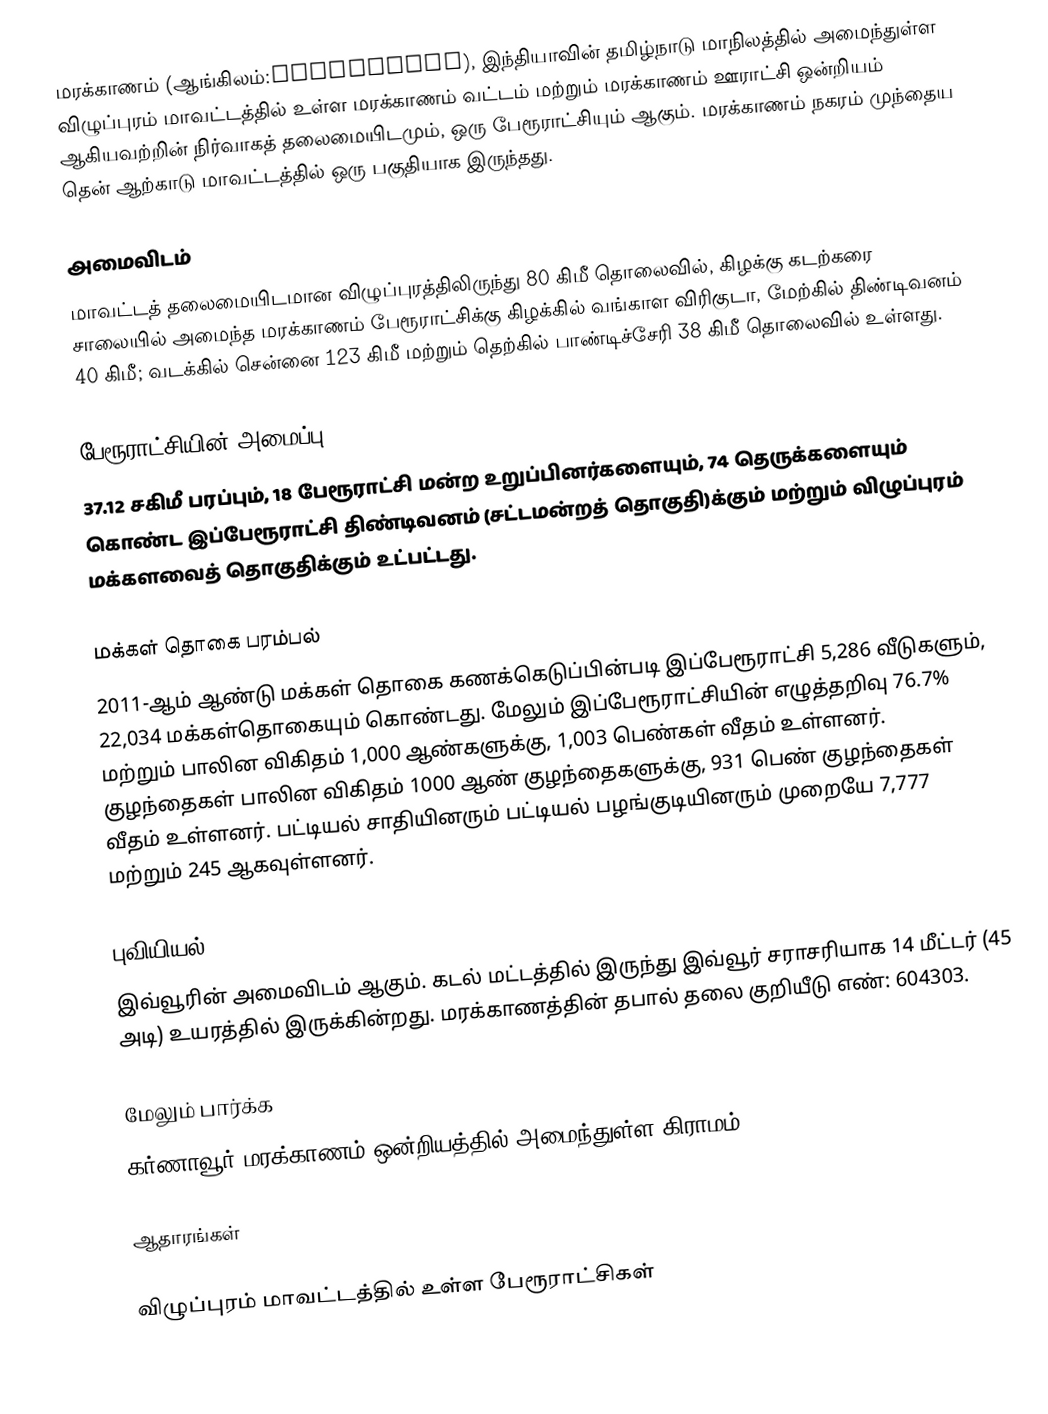
மரக்காணம் (ஆங்கிலம்:Marakkanam), இந்தியாவின் தமிழ்நாடு மாநிலத்தில் அமைந்துள்ள விழுப்புரம் மாவட்டத்தில் உள்ள மரக்காணம் வட்டம் மற்றும் மரக்காணம் ஊராட்சி ஒன்றியம் ஆகியவற்றின் நிர்வாகத் தலைமையிடமும், ஒரு பேரூராட்சியும் ஆகும். மரக்காணம் நகரம் முந்தைய தென் ஆற்காடு மாவட்டத்தில் ஒரு பகுதியாக இருந்தது.

அமைவிடம்
மாவட்டத் தலைமையிடமான விழுப்புரத்திலிருந்து 80 கிமீ தொலைவில், கிழக்கு கடற்கரை சாலையில் அமைந்த மரக்காணம் பேரூராட்சிக்கு கிழக்கில் வங்காள விரிகுடா,  மேற்கில் திண்டிவனம் 40 கிமீ; வடக்கில் சென்னை 123 கிமீ மற்றும் தெற்கில் பாண்டிச்சேரி 38 கிமீ தொலைவில் உள்ளது.

பேரூராட்சியின் அமைப்பு
37.12 சகிமீ பரப்பும், 18 பேரூராட்சி மன்ற உறுப்பினர்களையும், 74 தெருக்களையும் கொண்ட  இப்பேரூராட்சி திண்டிவனம் (சட்டமன்றத் தொகுதி)க்கும் மற்றும் விழுப்புரம் மக்களவைத் தொகுதிக்கும் உட்பட்டது.

மக்கள் தொகை பரம்பல்
2011-ஆம் ஆண்டு மக்கள் தொகை கணக்கெடுப்பின்படி   இப்பேரூராட்சி     5,286   வீடுகளும், 22,034 மக்கள்தொகையும் கொண்டது. மேலும் இப்பேரூராட்சியின் எழுத்தறிவு 76.7% மற்றும் பாலின விகிதம் 1,000 ஆண்களுக்கு, 1,003 பெண்கள் வீதம் உள்ளனர். குழந்தைகள் பாலின விகிதம் 1000 ஆண் குழந்தைகளுக்கு,   931  பெண் குழந்தைகள் வீதம் உள்ளனர். பட்டியல் சாதியினரும் பட்டியல் பழங்குடியினரும்  முறையே 7,777 மற்றும் 245 ஆகவுள்ளனர்.

புவியியல்
இவ்வூரின் அமைவிடம்  ஆகும். கடல் மட்டத்தில் இருந்து இவ்வூர் சராசரியாக 14 மீட்டர் (45 அடி) உயரத்தில் இருக்கின்றது. மரக்காணத்தின்  தபால் தலை குறியீடு எண்: 604303.

மேலும் பார்க்க
கர்ணாவூர் மரக்காணம் ஒன்றியத்தில் அமைந்துள்ள கிராமம்.

ஆதாரங்கள்

விழுப்புரம் மாவட்டத்தில் உள்ள பேரூராட்சிகள்